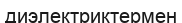
диэлектриктермен